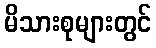
မိသားစုများတွင်